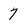
Character: 7